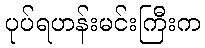
ပုပ်ရဟန်းမင်းကြီးက